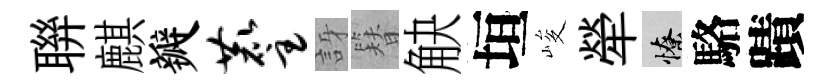
聨麒瓣麈訝簪觖垣峻犖憭駱蹟